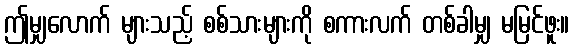
ဤမျှလောက် များသည့် စစ်သားများကို စကားလက် တစ်ခါမျှ မမြင်ဖူး။